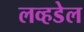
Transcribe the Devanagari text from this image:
लव्हडेल